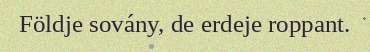
Földje sovány, de erdeje roppant.